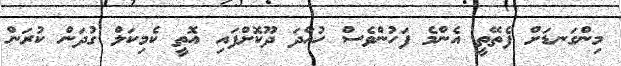
މިންގަނޑަށް ފެތޭތީ އެންމެ ފަހުންވެސް ހުއްދަ ދޫކޮށްފައި އޮތީ ކެމިކަލް ގުދަން ކުރަން